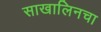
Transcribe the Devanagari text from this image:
साखालिनचा